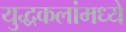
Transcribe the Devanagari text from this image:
युद्धकलांमध्ये